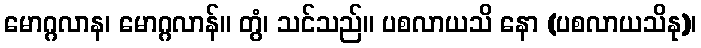
မောဂ္ဂလာန၊ မောဂ္ဂလာန်။ တွံ၊ သင်သည်။ ပစလာယသိ နော (ပစလာယသိနု)၊